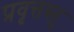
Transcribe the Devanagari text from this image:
प्रवृत्तस्तु